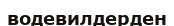
водевилдерден